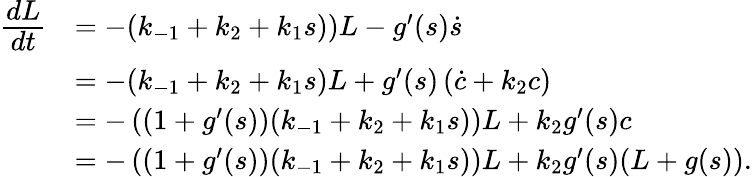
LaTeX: \begin{array}{rl}{\cfrac{dL}{dt}}&{=-(k_{-1}+k_{2}+k_{1}s))L-g^{\prime}(s)\dot{s}}\\ &{=-(k_{-1}+k_{2}+k_{1}s)L+g^{\prime}(s)\left(\dot{c}+k_{2}c\right)}\\ &{=-\left((1+g^{\prime}(s))(k_{-1}+k_{2}+k_{1}s)\right)L+k_{2}g^{\prime}(s)c}\\ &{=-\left((1+g^{\prime}(s))(k_{-1}+k_{2}+k_{1}s)\right)L+k_{2}g^{\prime}(s)(L+g(s)).}\end{array}